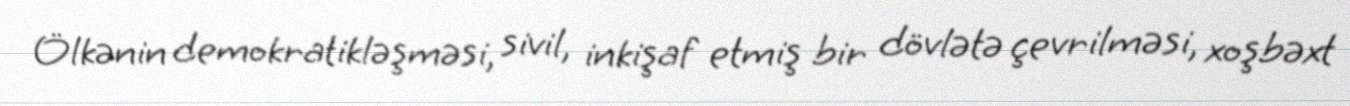
Ölkənin demokratikləşməsi, sivil, inkişaf etmiş bir dövlətə çevrilməsi, xoşbəxt